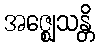
အဇ္ဈေသန္တိ